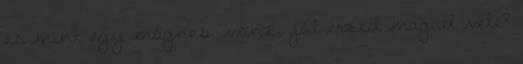
és mint egy mágnes, vonz, jól érzed magad vele?